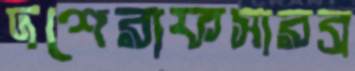
দশেরাফসারব্র